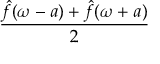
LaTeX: \frac { { \hat { f } } ( \omega - a ) + { \hat { f } } ( \omega + a ) } { 2 }